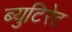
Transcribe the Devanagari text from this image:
ब्युटिरेट